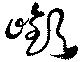
嶔